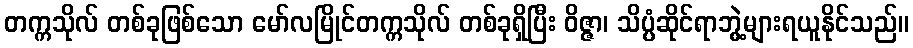
တက္ကသိုလ် တစ်ခုဖြစ်သော မော်လမြိုင်တက္ကသိုလ် တစ်ခုရှိပြီး ဝိဇ္ဇာ၊ သိပ္ပံဆိုင်ရာဘွဲ့များရယူနိုင်သည်။